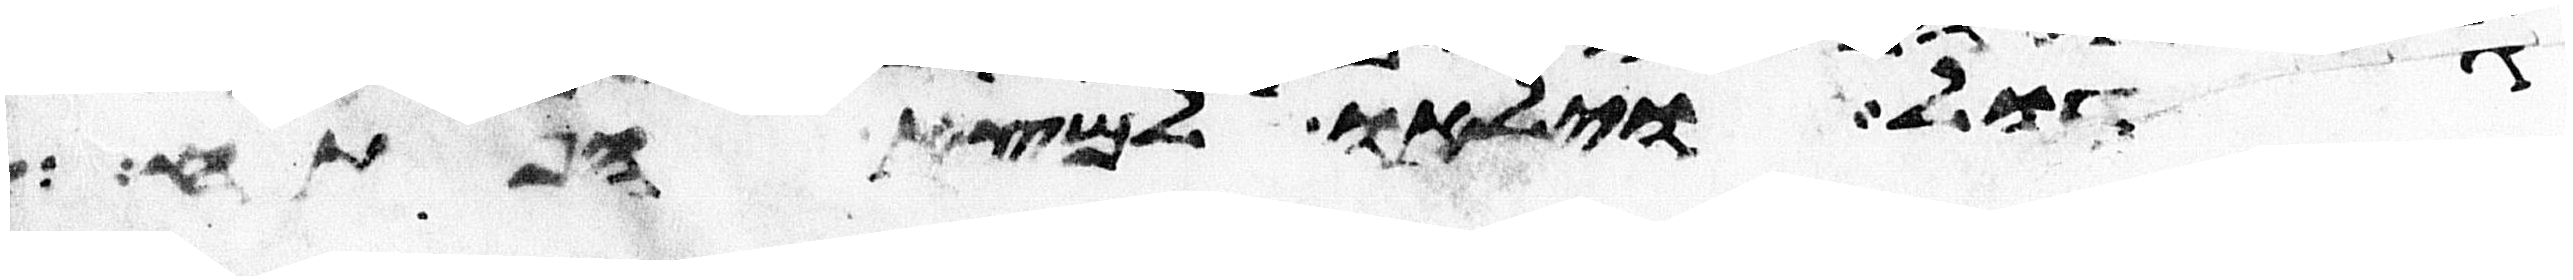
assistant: גדול וילאו למצא הפתח